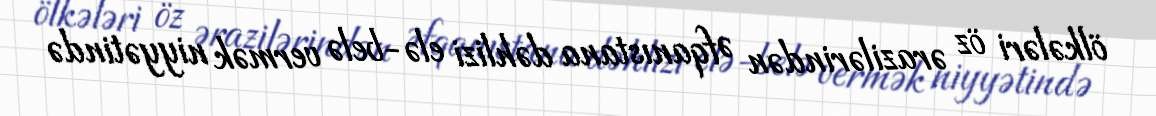
ölkələri öz ərazilərindən Əfqanıstana dəhlizi elə-belə vermək niyyətində